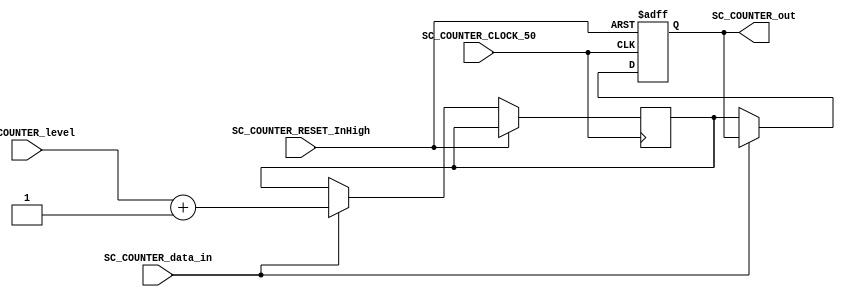
//
//=======================================================
//  MODULE Definition
//=======================================================
module SC_COUNTER (
	//////////// OUTPUTS //////////
	SC_COUNTER_out,
	//////////// INPUTS //////////
	SC_COUNTER_CLOCK_50,
	SC_COUNTER_RESET_InHigh,
	SC_COUNTER_data_in,
	SC_COUNTER_level
);
//=======================================================
//  PARAMETER declarations
//=======================================================
//=======================================================
//  PORT declarations
//=======================================================
output	SC_COUNTER_out;
input		SC_COUNTER_CLOCK_50;
input		SC_COUNTER_RESET_InHigh;
input		SC_COUNTER_data_in;
input		SC_COUNTER_level;

//=======================================================
//  REG/WIRE declarations
//=======================================================
reg signal;
reg registro;
//=======================================================
//  Structural coding
//=======================================================	
//INPUT LOGIC: COMBINATIONAL
//always @(*)
//begin
	//if (SC_COUNTER_data_in == 1'b1)
		//signal = SC_COUNTER_level + 1;
	//else
		//signal = registro;
	//end
//STATE REGISTER: SEQUENTIAL
always @(posedge SC_COUNTER_CLOCK_50, posedge SC_COUNTER_RESET_InHigh)
begin
	if (SC_COUNTER_RESET_InHigh == 1'b1)
		registro <= 2'b0;
	else if (SC_COUNTER_data_in == 1'b1)
		signal = SC_COUNTER_level + 1;
	else
		registro <= signal;
end
//=======================================================
//  Outputs
//=======================================================
//OUTPUT LOGIC: COMBINATIONAL
assign SC_COUNTER_out = registro;
endmodule